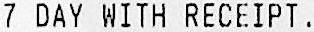
7 DAY WITH RECEIPT.